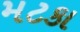
મટકા